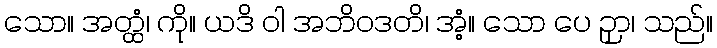
သော။ အတ္ထံ၊ ကို။ ယဒိ ဝါ အဘိဝဒတိ၊ အံ့။ သော ပေ ဉှာ၊ သည်။